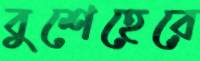
বুশেহেরে